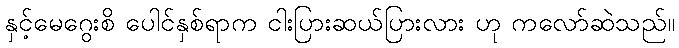
နှင့်မေဂွေးစိ ပေါင်နှစ်ရာက ငါးပြားဆယ်ပြားလား ဟု ကလော်ဆဲသည်။